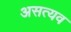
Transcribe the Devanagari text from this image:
असत्यव